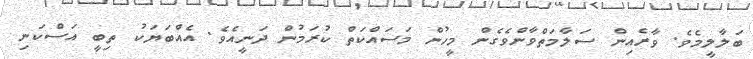
ބަލާލީމެވެ. ވާރެއިން ސަލާމަތްވާންވެގެން މީހުން މަސައްކަތް ކުރަމުން ދަނީއެވެ. އެއްބަޔަކު ތިބީ އަސްކަނި